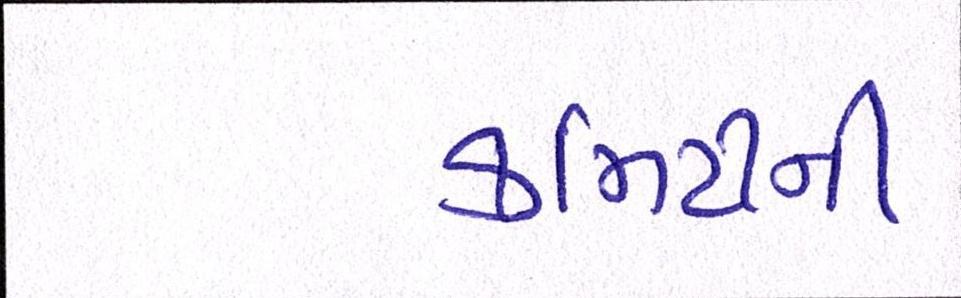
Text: કમિટીની